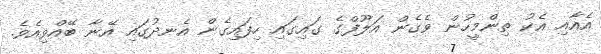
އެއާއި އެކު ތިންމީހުން ވެގެން އަލޫފްގެ ގައިގައި ހިފައިގެން އެނދުގައި އޭނާ ބޭއްވިއެވެ.